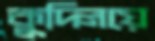
কুদ্‌লিয়ে